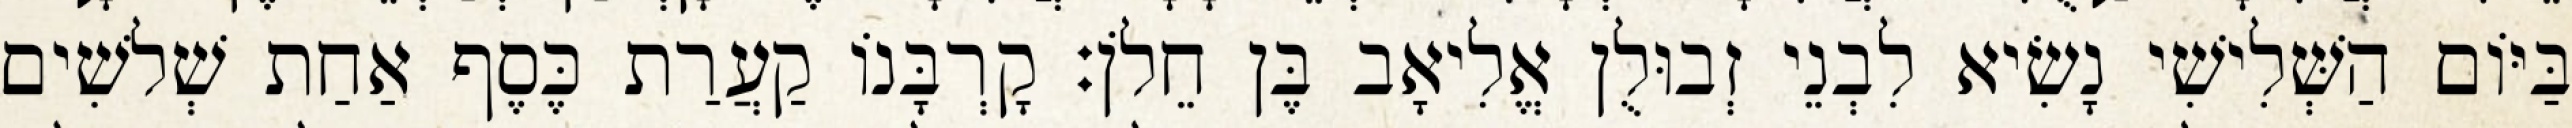
בַּיּוֹם הַשְּׁלִישִׁי נָשִׂיא לִבְנֵי זְבוּלֻן אֱלִיאָב בֶּן חֵלֹן׃ קָרְבָּנוֹ קַעֲרַת כֶּסֶף אַחַת שְׁלשִׁים